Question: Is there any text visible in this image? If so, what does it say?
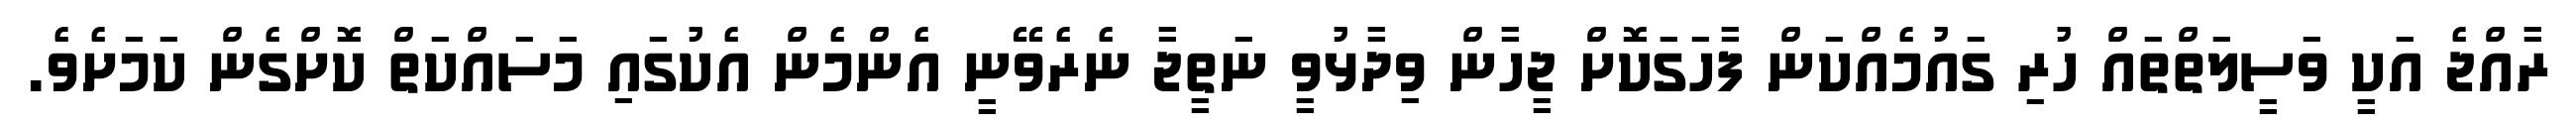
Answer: ރާއްޖެ އަކީ ވަސީލަތްތައް ހުރި ގައުމެއްކަން ފާހަގަކޮށް ޖީހާން ވިދާޅުވީ ނަތީޖާ ނެރެވޭނީ އެންމެން އެކުގައި މަސައްކަތް ކޮށްގެން ކަމަށެވެ.